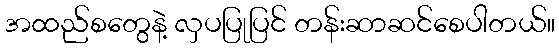
အထည်စတွေနဲ့ လှပပြုပြင် တန်းဆာဆင်စေပါတယ်။